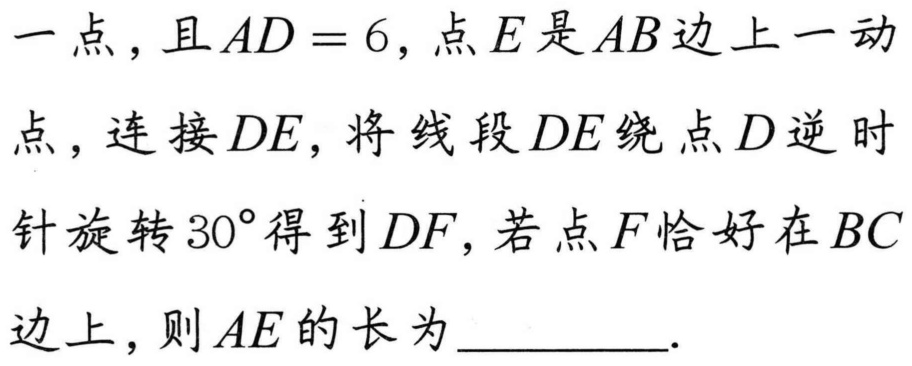
一点，且\(AD = 6\)，点\(E\)是\(AB\)边上一动点，连接\(DE\)，将线段\(DE\)绕点\(D\)逆时针旋转\(30^{\circ}\)得到\(DF\)，若点\(F\)恰好在\(BC\)边上，则\(AE\)的长为__________.